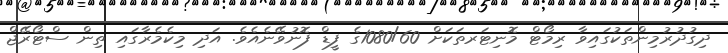
ދިގުދުރުމިންތަކުގައިވާ ރިމޯޓް މޮނިޓަރތަކަށް 1080/60ގެ ފީޑް ފޮނުވޭނެއެވެ. އަދި މިކެމެރާގައި ތިން ސްޓޯރޭޖް